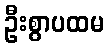
ဦးစွာပထမ